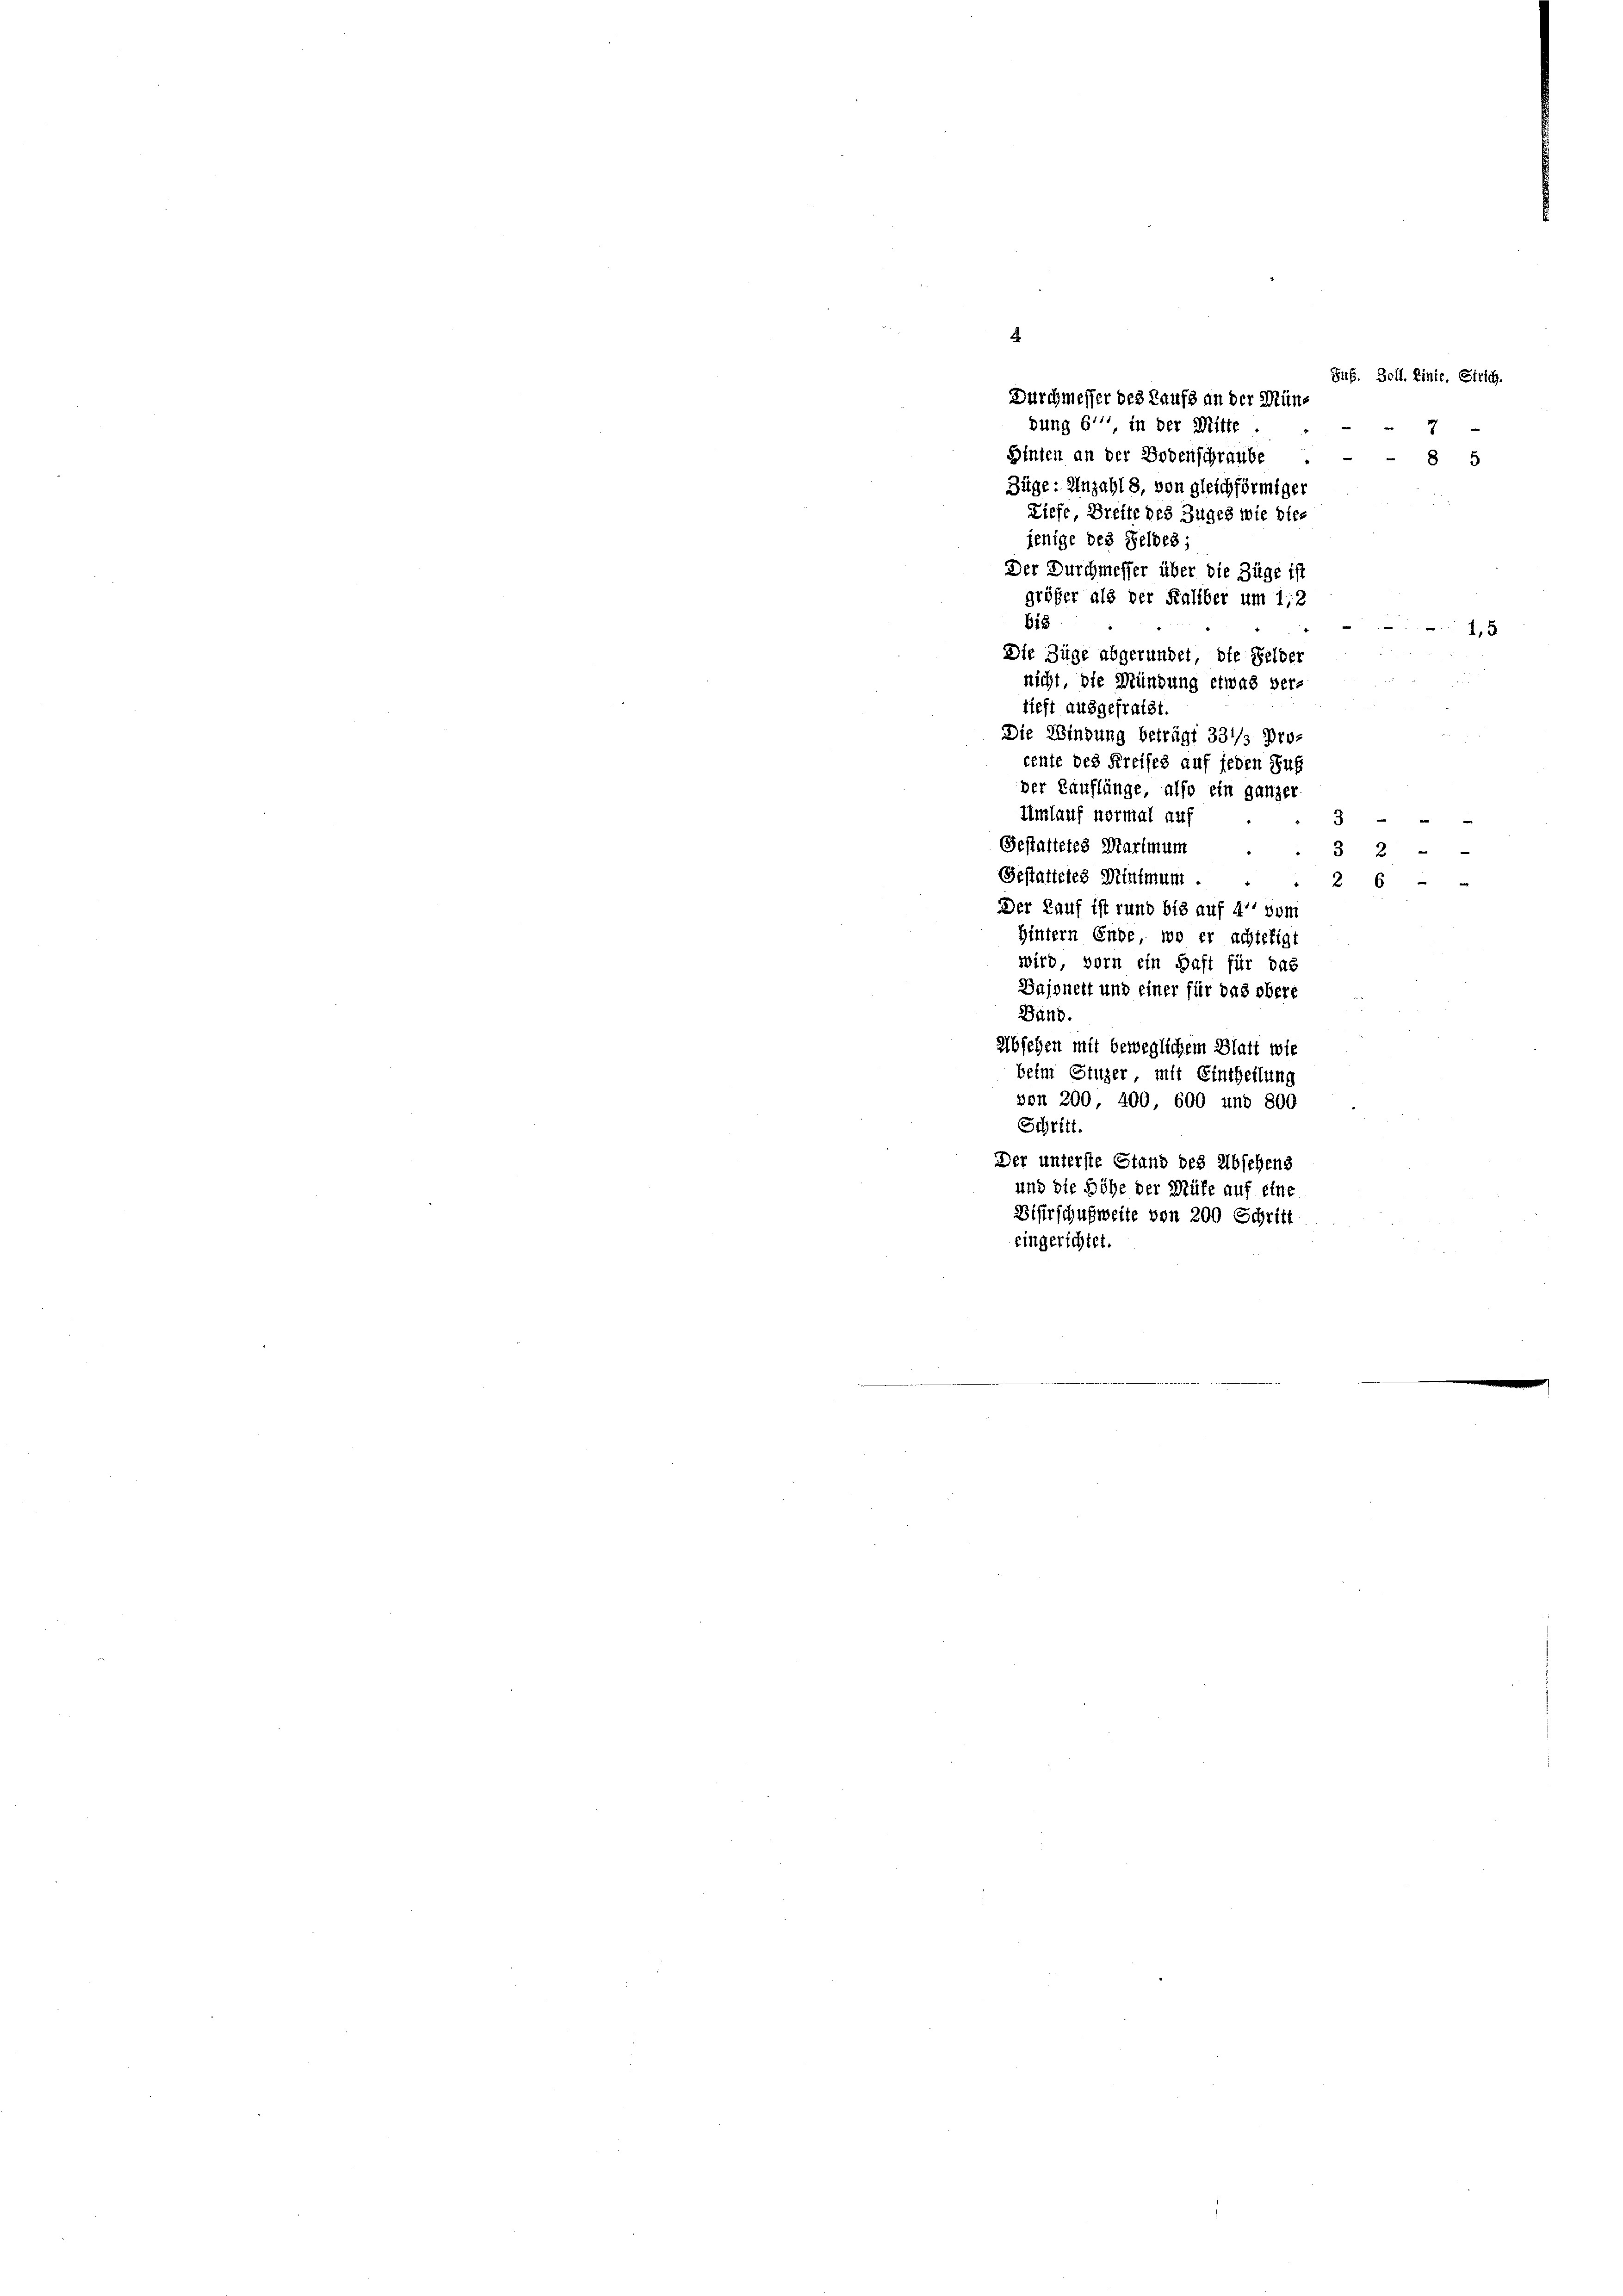
.
Sus. Boll. Linie. Strich.
Durchmesser des Kaufs an der Müns
bung 6'' in der Mitte

Ginten an der Bodenschraube
"
8 5
Züge: Anzahl 8, von gleichförmiger
Liefe, Breite des Zuges wie dies
jenige des Feldes;
Der Durchmesser über die Züge ist
größer als der Fallber um 1,2
bis
Die Züge abgerundet, die Gelder
nicht, die Mündung etwas ver-
tieft ausgefraist.
Die Windung beträgt 331/3 Drocente des Kreises auf jeden Zug
der Kauflänge, also ein ganzer
Umlauf normal auf
3 -
Gestattetes Martmum
3 2
Gestattetes Minimum.
26
Der Lauf ist rund bis auf 4 vom
Hintern Ende, wo er achtetigt
wird, vorn ein Saft für das
Bajonett und einer für das obere
Band.
absehen mit beweglichem Blatt wie
beim Stuzer, mit Eintheilung
von 200, 400, 600 und 800
Schritt.
Der unterste Stand des Abschens
und die Höhe der Mühe auf eine
Eiferschußweite von 200 Schrift
eingerichtet.